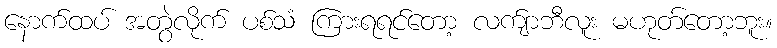
နောက်ထပ် အတွဲလိုက် ပစ်သံ ကြားရရင်တော့ လက်ျာဘီလူး မဟုတ်တော့ဘူး။